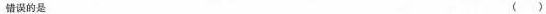
错误的是 ( )